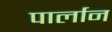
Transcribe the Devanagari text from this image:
पार्लान